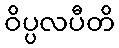
ဝိပ္ပလပီတိ